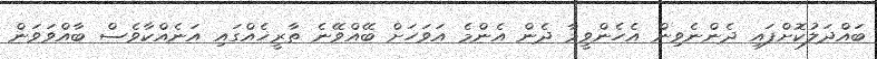
ބައްދަލުކޮށްފައި ދެންނެވިން އެހެންވީމާ ދެން އެންމެ އަވަހަށް ބޭއްވޭނެ ތާރީޚެއްގައި އަނެއްކާވެސް ބާއްވަވަން